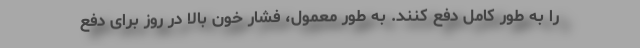
را به طور کامل دفع کنند. به طور معمول، فشار خون بالا در روز برای دفع